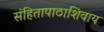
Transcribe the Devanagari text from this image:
संहितापाठाशिवाय